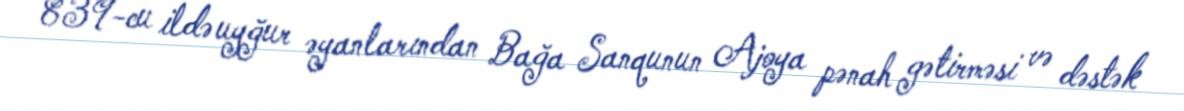
839-cu ildə uyğur əyanlarından Bağa Sanqunun Ajoya pənah gətirməsi və dəstək